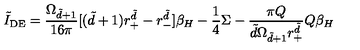
\tilde { I } _ { \mathrm { D E } } = \frac { \Omega _ { \tilde { d } + 1 } } { 1 6 \pi } [ ( \tilde { d } + 1 ) r _ { + } ^ { \tilde { d } } - r _ { - } ^ { \tilde { d } } ] \beta _ { H } - \frac { 1 } { 4 } \Sigma - \frac { \pi Q } { \tilde { d } \Omega _ { \tilde { d } + 1 } r _ { + } ^ { \tilde { d } } } Q \beta _ { H }